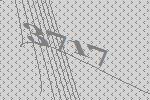
3717